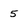
Character: 5